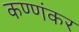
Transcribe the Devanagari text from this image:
कण्णंकर